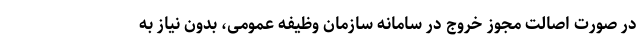
در صورت اصالت مجوز خروج در سامانه سازمان وظیفه عمومی، بدون نیاز به